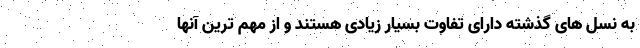
به نسل های گذشته دارای تفاوت بسیار زیادی هستند و از مهم ترین آنها